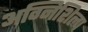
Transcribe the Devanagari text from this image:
अग्निशिल्प